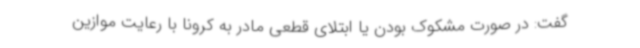
گفت: در صورت مشکوک بودن یا ابتلای قطعی مادر به کرونا با رعایت موازین